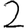
Digit: 2